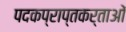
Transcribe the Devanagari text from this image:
पदकप्राप्तकर्ताओं